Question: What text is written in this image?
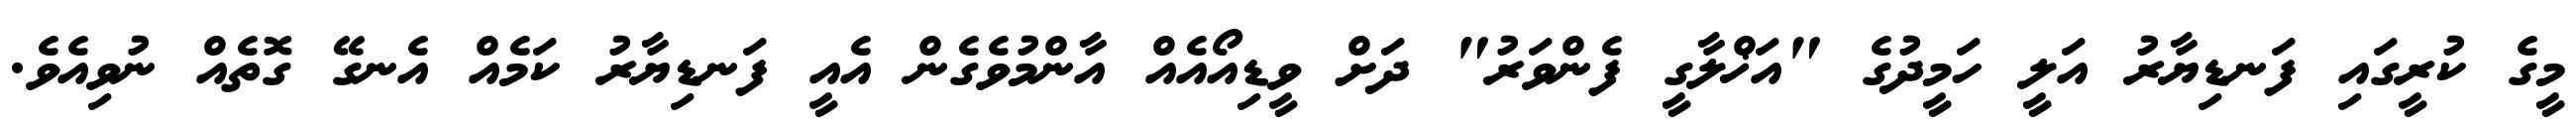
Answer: މީގެ ކުރީގައި ފަނޑިޔާރު އަލީ ހަމީދުގެ "އަޚްލާގީ ފެންވަރު" ދަށް ވީޑިއޯއެއް އާންމުވެގެން އެއީ ފަނޑިޔާރު ކަމެއް އެނގޭ ގޮތެއް ނުވިއެވެ.